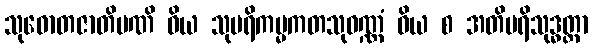
သုဓောတဇာတိမဏိ ဝိယ သုပရိကမ္မကတသုဝဏ္ဏံ ဝိယ စ အတိပရိသုဒ္ဓတ္တာ